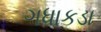
ગધાકડા